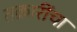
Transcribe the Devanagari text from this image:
तक्रारींचा